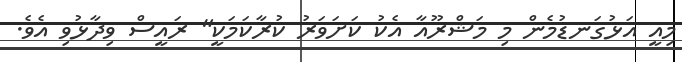
މިއީ އަޅުގަނޑުމެން މި މަޝްރޫއާ އެކު ކަށަވަރު ކުރާކަމަކީ" ރައީސް ވިދާޅުވި އެވެ.